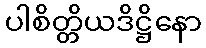
ပါစိတ္တိယဒိဋ္ဌိနော